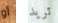
أو تريد